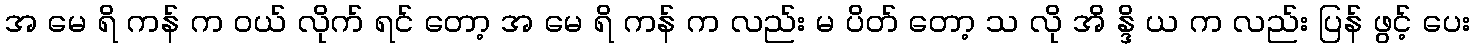
အ မေ ရိ ကန် က ဝယ် လိုက် ရင် တော့ အ မေ ရိ ကန် က လည်း မ ပိတ် တော့ သ လို အိ န္ဒိ ယ က လည်း ပြန် ဖွင့် ပေး